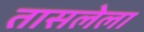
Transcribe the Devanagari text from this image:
तासलेला